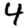
Digit: 4